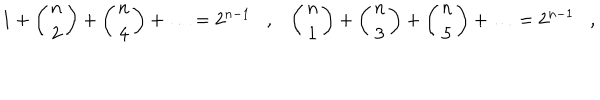
LaTeX: 1 + \left( \begin{array} { c } { { n } } \\ { { 2 } } \\ \end{array} \right) + \left( \begin{array} { c } { { n } } \\ { { 4 } } \\ \end{array} \right) + \ldots = 2 ^ { n - 1 } \, \, \, \, \, , \, \, \, \, \, \left( \begin{array} { c } { { n } } \\ { { 1 } } \\ \end{array} \right) + \left( \begin{array} { c } { { n } } \\ { { 3 } } \\ \end{array} \right) + \left( \begin{array} { c } { { n } } \\ { { 5 } } \\ \end{array} \right) + \ldots = 2 ^ { n - 1 } \, \, \, \, \, , \, \, \, \, \,